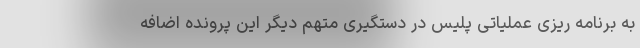
به برنامه ریزی عملیاتی پلیس در دستگیری متهم دیگر این پرونده اضافه